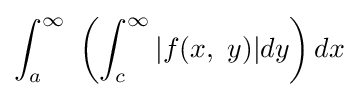
\int _{a}^{\infty }\ \left(\int _{c}^{\infty }|f(x,\ y)|dy\right)dx